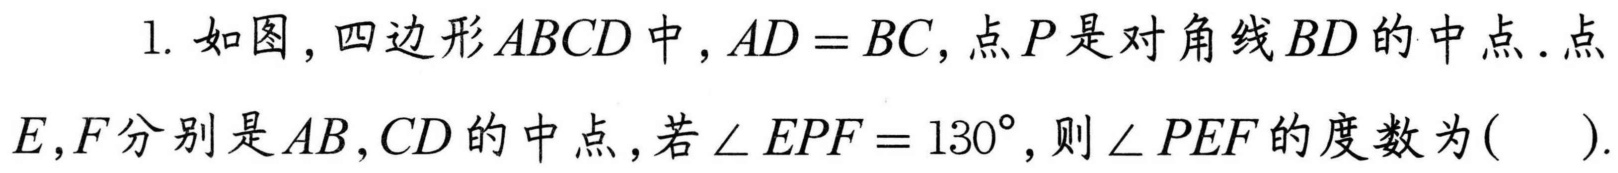
1. 如图，四边形\(ABCD\)中，\(AD = BC\)，点\(P\)是对角线\(BD\)的中点．点
\(E,F\)分别是\(AB,CD\)的中点，若\(\angle EPF = 130^{\circ}\)，则\(\angle PEF\)的度数为(  ).